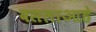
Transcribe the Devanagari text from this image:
वसलाआहे